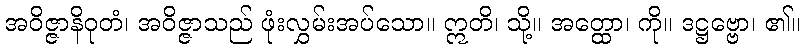
အဝိဇ္ဇာနိဝုတံ၊ အဝိဇ္ဇာသည် ဖုံးလွှမ်းအပ်သော။ ဣတိ၊ သို့။ အတ္ထော၊ ကို။ ဒဋ္ဌဗ္ဗော၊ ၏။